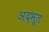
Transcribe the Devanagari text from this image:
अद़भूत